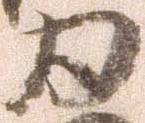
為